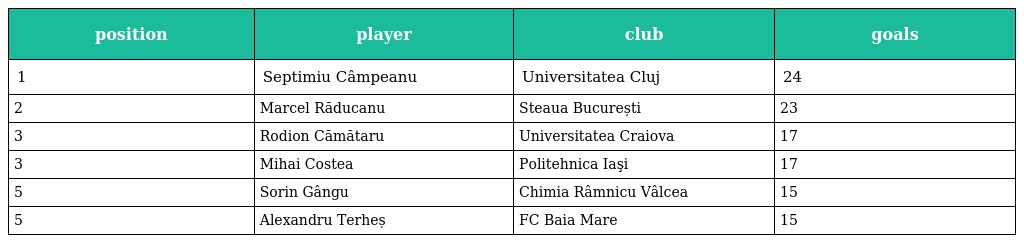
| position | player | club | goals |
 | --- | --- | --- | --- |
 | 1 | Septimiu Câmpeanu | Universitatea Cluj | 24 |
 | 2 | Marcel Răducanu | Steaua București | 23 |
 | 3 | Rodion Cămătaru | Universitatea Craiova | 17 |
 | 3 | Mihai Costea | Politehnica Iaşi | 17 |
 | 5 | Sorin Gângu | Chimia Râmnicu Vâlcea | 15 |
 | 5 | Alexandru Terheș | FC Baia Mare | 15 |